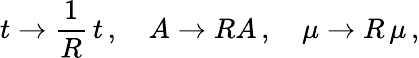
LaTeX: t\rightarrow\frac{1}{R}\, t\, ,\quad A\rightarrow RA\, ,\quad\mu\rightarrow R\, \mu\, ,